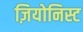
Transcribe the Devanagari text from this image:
ज़ियोनिस्ट